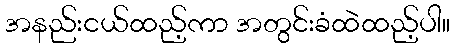
အနည်းငယ်ထည့်ကာ အတွင်းခံထဲထည့်ပါ။